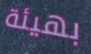
بهيئة